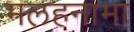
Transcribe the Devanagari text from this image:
मलहनामा